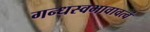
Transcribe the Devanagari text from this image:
गन्धस्वभावावत्वं